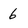
Character: 6